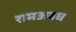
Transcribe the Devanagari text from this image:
रामअवध